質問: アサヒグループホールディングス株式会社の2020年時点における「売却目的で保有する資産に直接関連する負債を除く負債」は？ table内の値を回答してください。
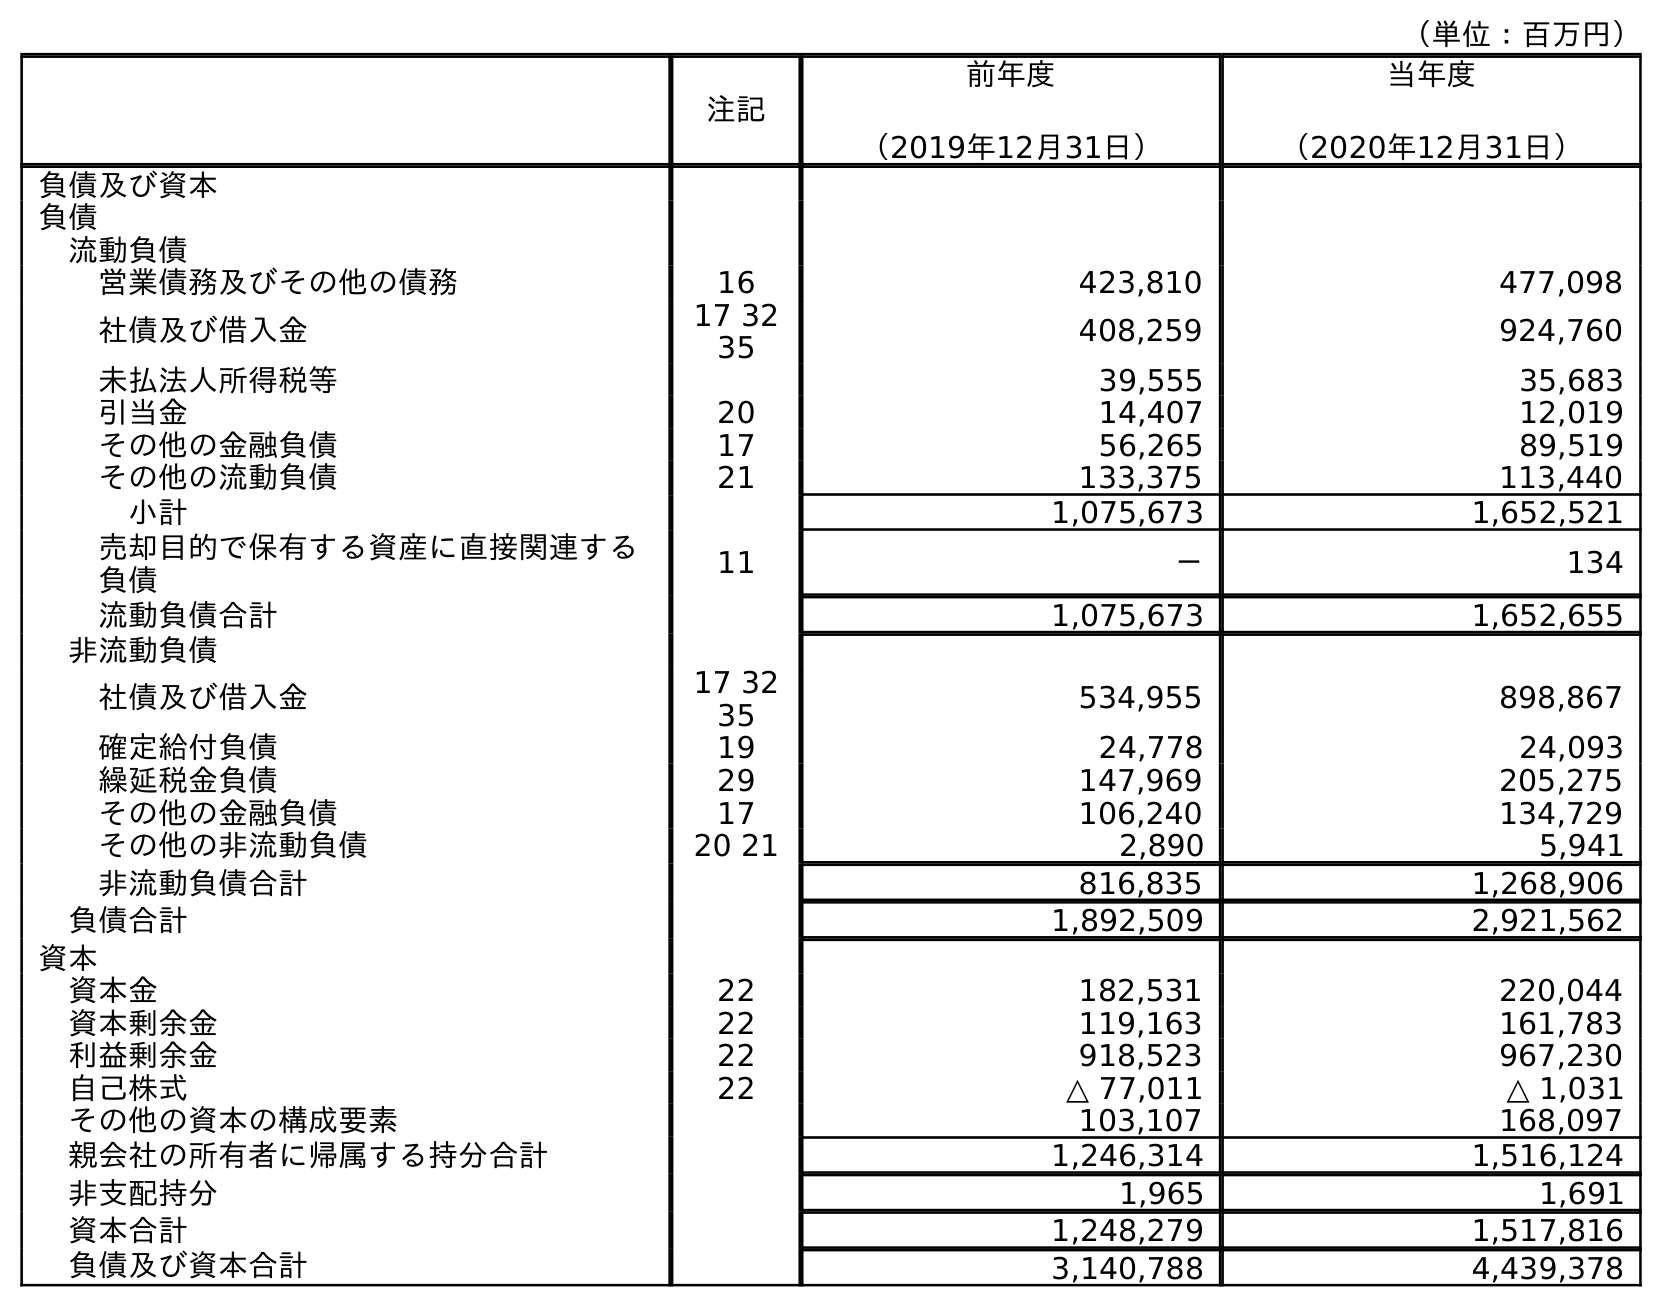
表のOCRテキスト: （単位：百万円） 注記 前年度 （2019年12月31日） 当年度 （2020年12月31日） 負債及び資本 負債 流動負債 営業債務及びその他の債務 16 423,810 477,098 社債及び借入金 17 32 35 408,259 924,760 未払法人所得税等 39,555 35,683 引当金 20 14,407 12,019 その他の金融負債 17 56,265 89,519 その他の流動負債 21 133,375 113,440 小計 1,075,673 1,652,521 売却目的で保有する資産に直接関連する 負債 11 － 134 流動負債合計 1,075,673 1,652,655 非流動負債 社債及び借入金 17 32 35 534,955 898,867 確定給付負債 19 24,778 24,093 繰延税金負債 29 147,969 205,275 その他の金融負債 17 106,240 134,729 その他の非流動負債 20 21 2,890 5,941 非流動負債合計 816,835 1,268,906 負債合計 1,892,509 2,921,562 資本 資本金 22 182,531 220,044 資本剰余金 22 119,163 161,783 利益剰余金 22 918,523 967,230 自己株式 22 △ 77,011 △ 1,031 その他の資本の構成要素 103,107 168,097 親会社の所有者に帰属する持分合計 1,246,314 1,516,124 非支配持分 1,965 1,691 資本合計 1,248,279 1,517,816 負債及び資本合計 3,140,788 4,439,378
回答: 1,652,521